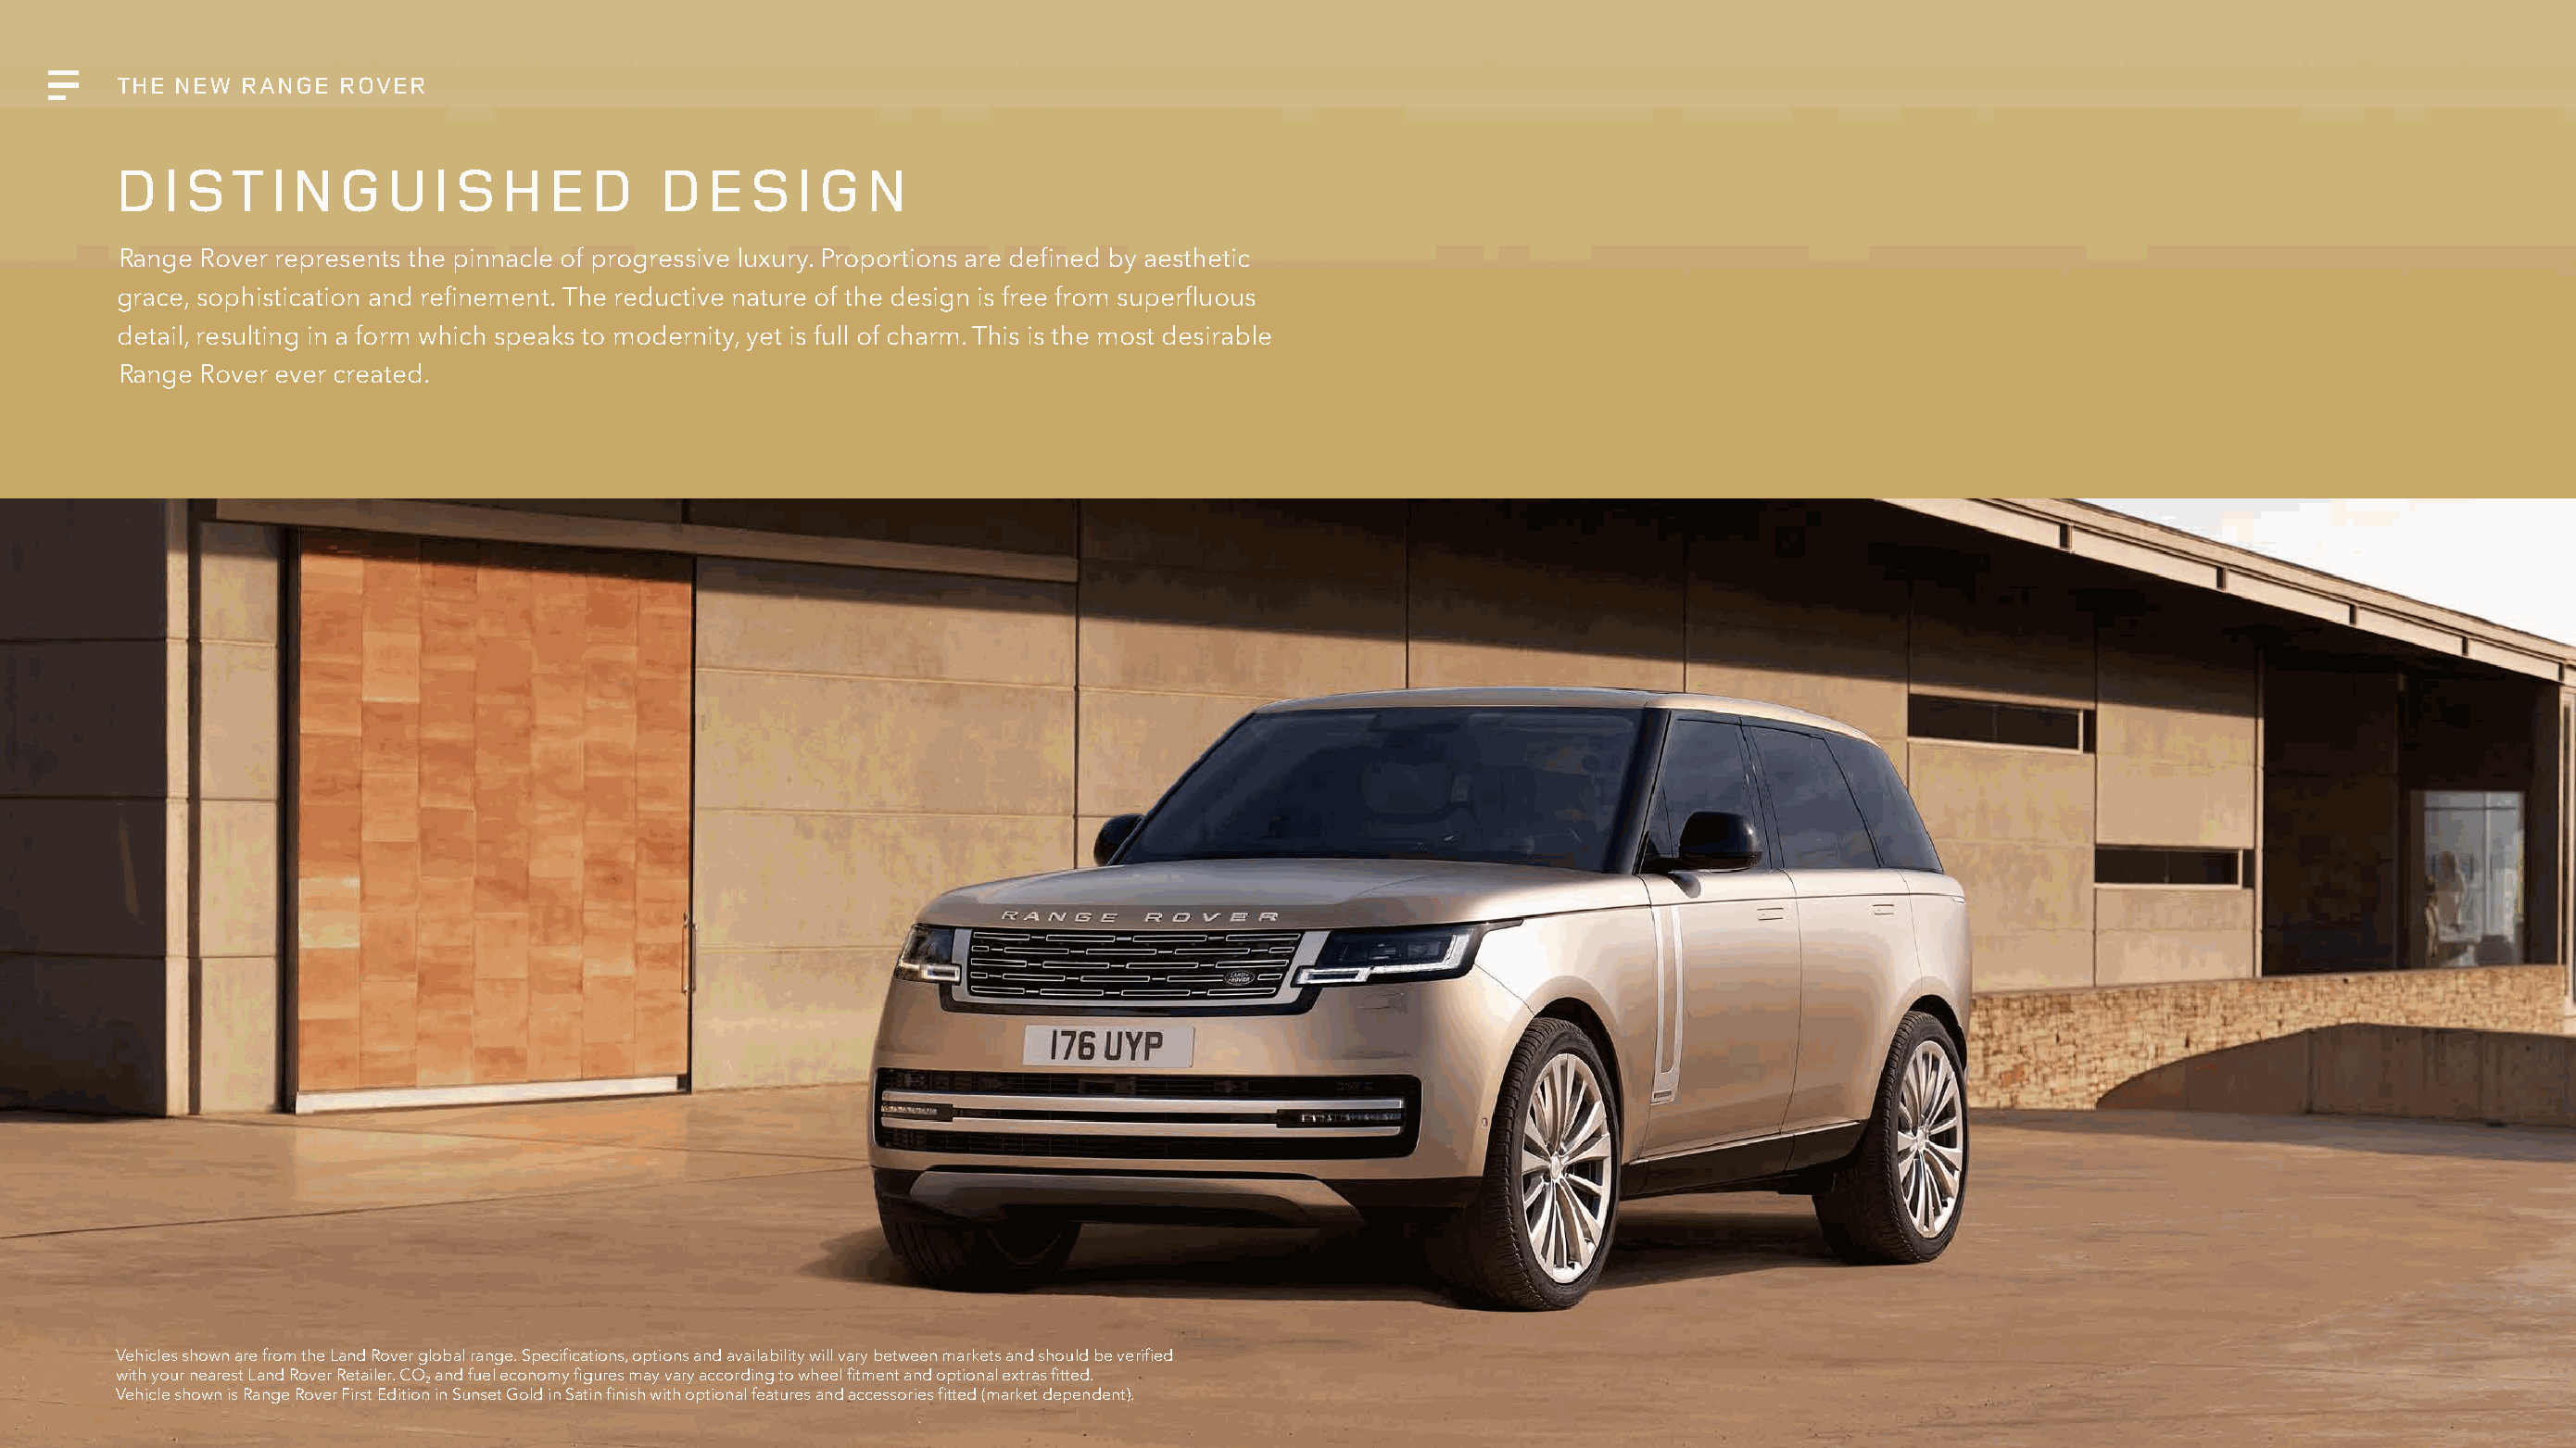
THE NEW  RANGE  ROVER
 DISTINGUISHED                          DESIGN
 Range Rover represents the pinnacle of progressive luxury. Proportions are defined by aesthetic
 grace, sophistication and refinement. The reductive nature of the design is free from superfluous
 detail, resulting in a form which speaks to modernity, yet is full of charm. This is the most desirable
 Range Rover ever created.
 Vehicles shown are from the Land Rover global range. Specifications, options and availability will vary between markets and should be verified
 with your nearest Land Rover Retailer. CO and fuel economy figures may vary according to wheel fitment and optional extras fitted.
 2
 Vehicle shown is Range Rover First Edition in Sunset Gold in Satin finish with optional features and accessories fitted (market dependent).